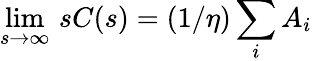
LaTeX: \operatorname*{lim}_{s\to\infty}\, sC(s)=(1/\eta)\sum_{i}A_{i}